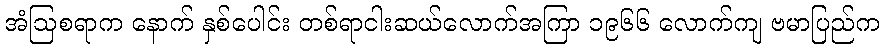
အံဩစရာက နောက် နှစ်ပေါင်း တစ်ရာငါးဆယ်လောက်အကြာ ၁၉၆၆ လောက်ကျ ဗမာပြည်က